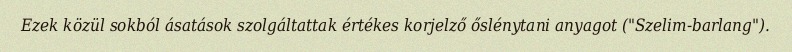
Ezek közül sokból ásatások szolgáltattak értékes korjelző őslénytani anyagot ("Szelim-barlang").